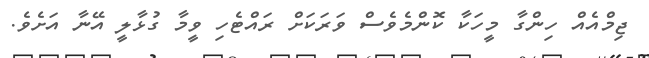
ޖިމްއެއް ހިންގާ މީހަކާ ކޮންމެވެސް ވަރަކަށް ރައްޓެހި ވީމާ ގުޅާލީ އޭނާ އަށެވެ.